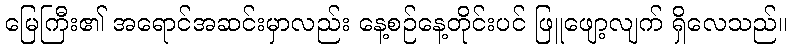
မြေကြီး၏ အရောင်အဆင်းမှာလည်း နေ့စဉ်နေ့တိုင်းပင် ဖြူဖျော့လျက် ရှိလေသည်။